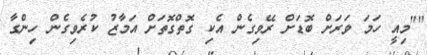
""މިއީ ހަމަ ވަރަށް ބޮޑަށް ރޭވިގެން އެކި ގޮތްގޮތަށް އަމާާޒު ކުރެވިގެން ހިންގާ